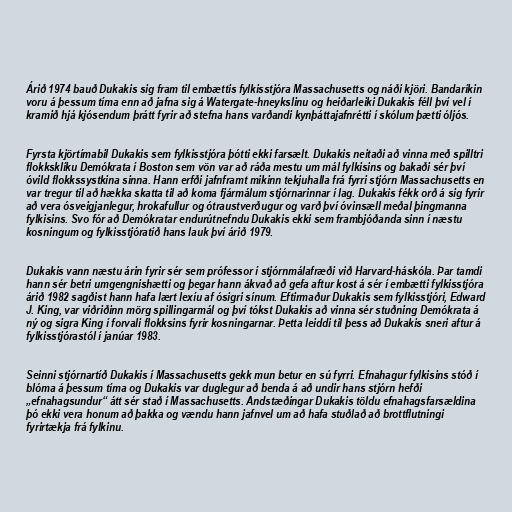
Árið 1974 bauð Dukakis sig fram til embættis fylkisstjóra Massachusetts og náði kjöri. Bandaríkin
voru á þessum tíma enn að jafna sig á Watergate-hneykslinu og heiðarleiki Dukakis féll því vel í
kramið hjá kjósendum þrátt fyrir að stefna hans varðandi kynþáttajafnrétti í skólum þætti óljós.

Fyrsta kjörtímabil Dukakis sem fylkisstjóra þótti ekki farsælt. Dukakis neitaði að vinna með spilltri
flokksklíku Demókrata í Boston sem vön var að ráða mestu um mál fylkisins og bakaði sér því
óvild flokkssystkina sinna. Hann erfði jafnframt mikinn tekjuhalla frá fyrri stjórn Massachusetts en
var tregur til að hækka skatta til að koma fjármálum stjórnarinnar í lag. Dukakis fékk orð á sig fyrir
að vera ósveigjanlegur, hrokafullur og ótraustverðugur og varð því óvinsæll meðal þingmanna
fylkisins. Svo fór að Demókratar endurútnefndu Dukakis ekki sem frambjóðanda sinn í næstu
kosningum og fylkisstjóratíð hans lauk því árið 1979.

Dukakis vann næstu árin fyrir sér sem prófessor í stjórnmálafræði við Harvard-háskóla. Þar tamdi
hann sér betri umgengnishætti og þegar hann ákvað að gefa aftur kost á sér í embætti fylkisstjóra
árið 1982 sagðist hann hafa lært lexíu af ósigri sínum. Eftirmaður Dukakis sem fylkisstjóri, Edward
J. King, var viðriðinn mörg spillingarmál og því tókst Dukakis að vinna sér stuðning Demókrata á
ný og sigra King í forvali flokksins fyrir kosningarnar. Þetta leiddi til þess að Dukakis sneri aftur á
fylkisstjórastól í janúar 1983.

Seinni stjórnartíð Dukakis í Massachusetts gekk mun betur en sú fyrri. Efnahagur fylkisins stóð í
blóma á þessum tíma og Dukakis var duglegur að benda á að undir hans stjórn hefði
„efnahagsundur“ átt sér stað í Massachusetts. Andstæðingar Dukakis töldu efnahagsfarsældina
þó ekki vera honum að þakka og vændu hann jafnvel um að hafa stuðlað að brottflutningi
fyrirtækja frá fylkinu.